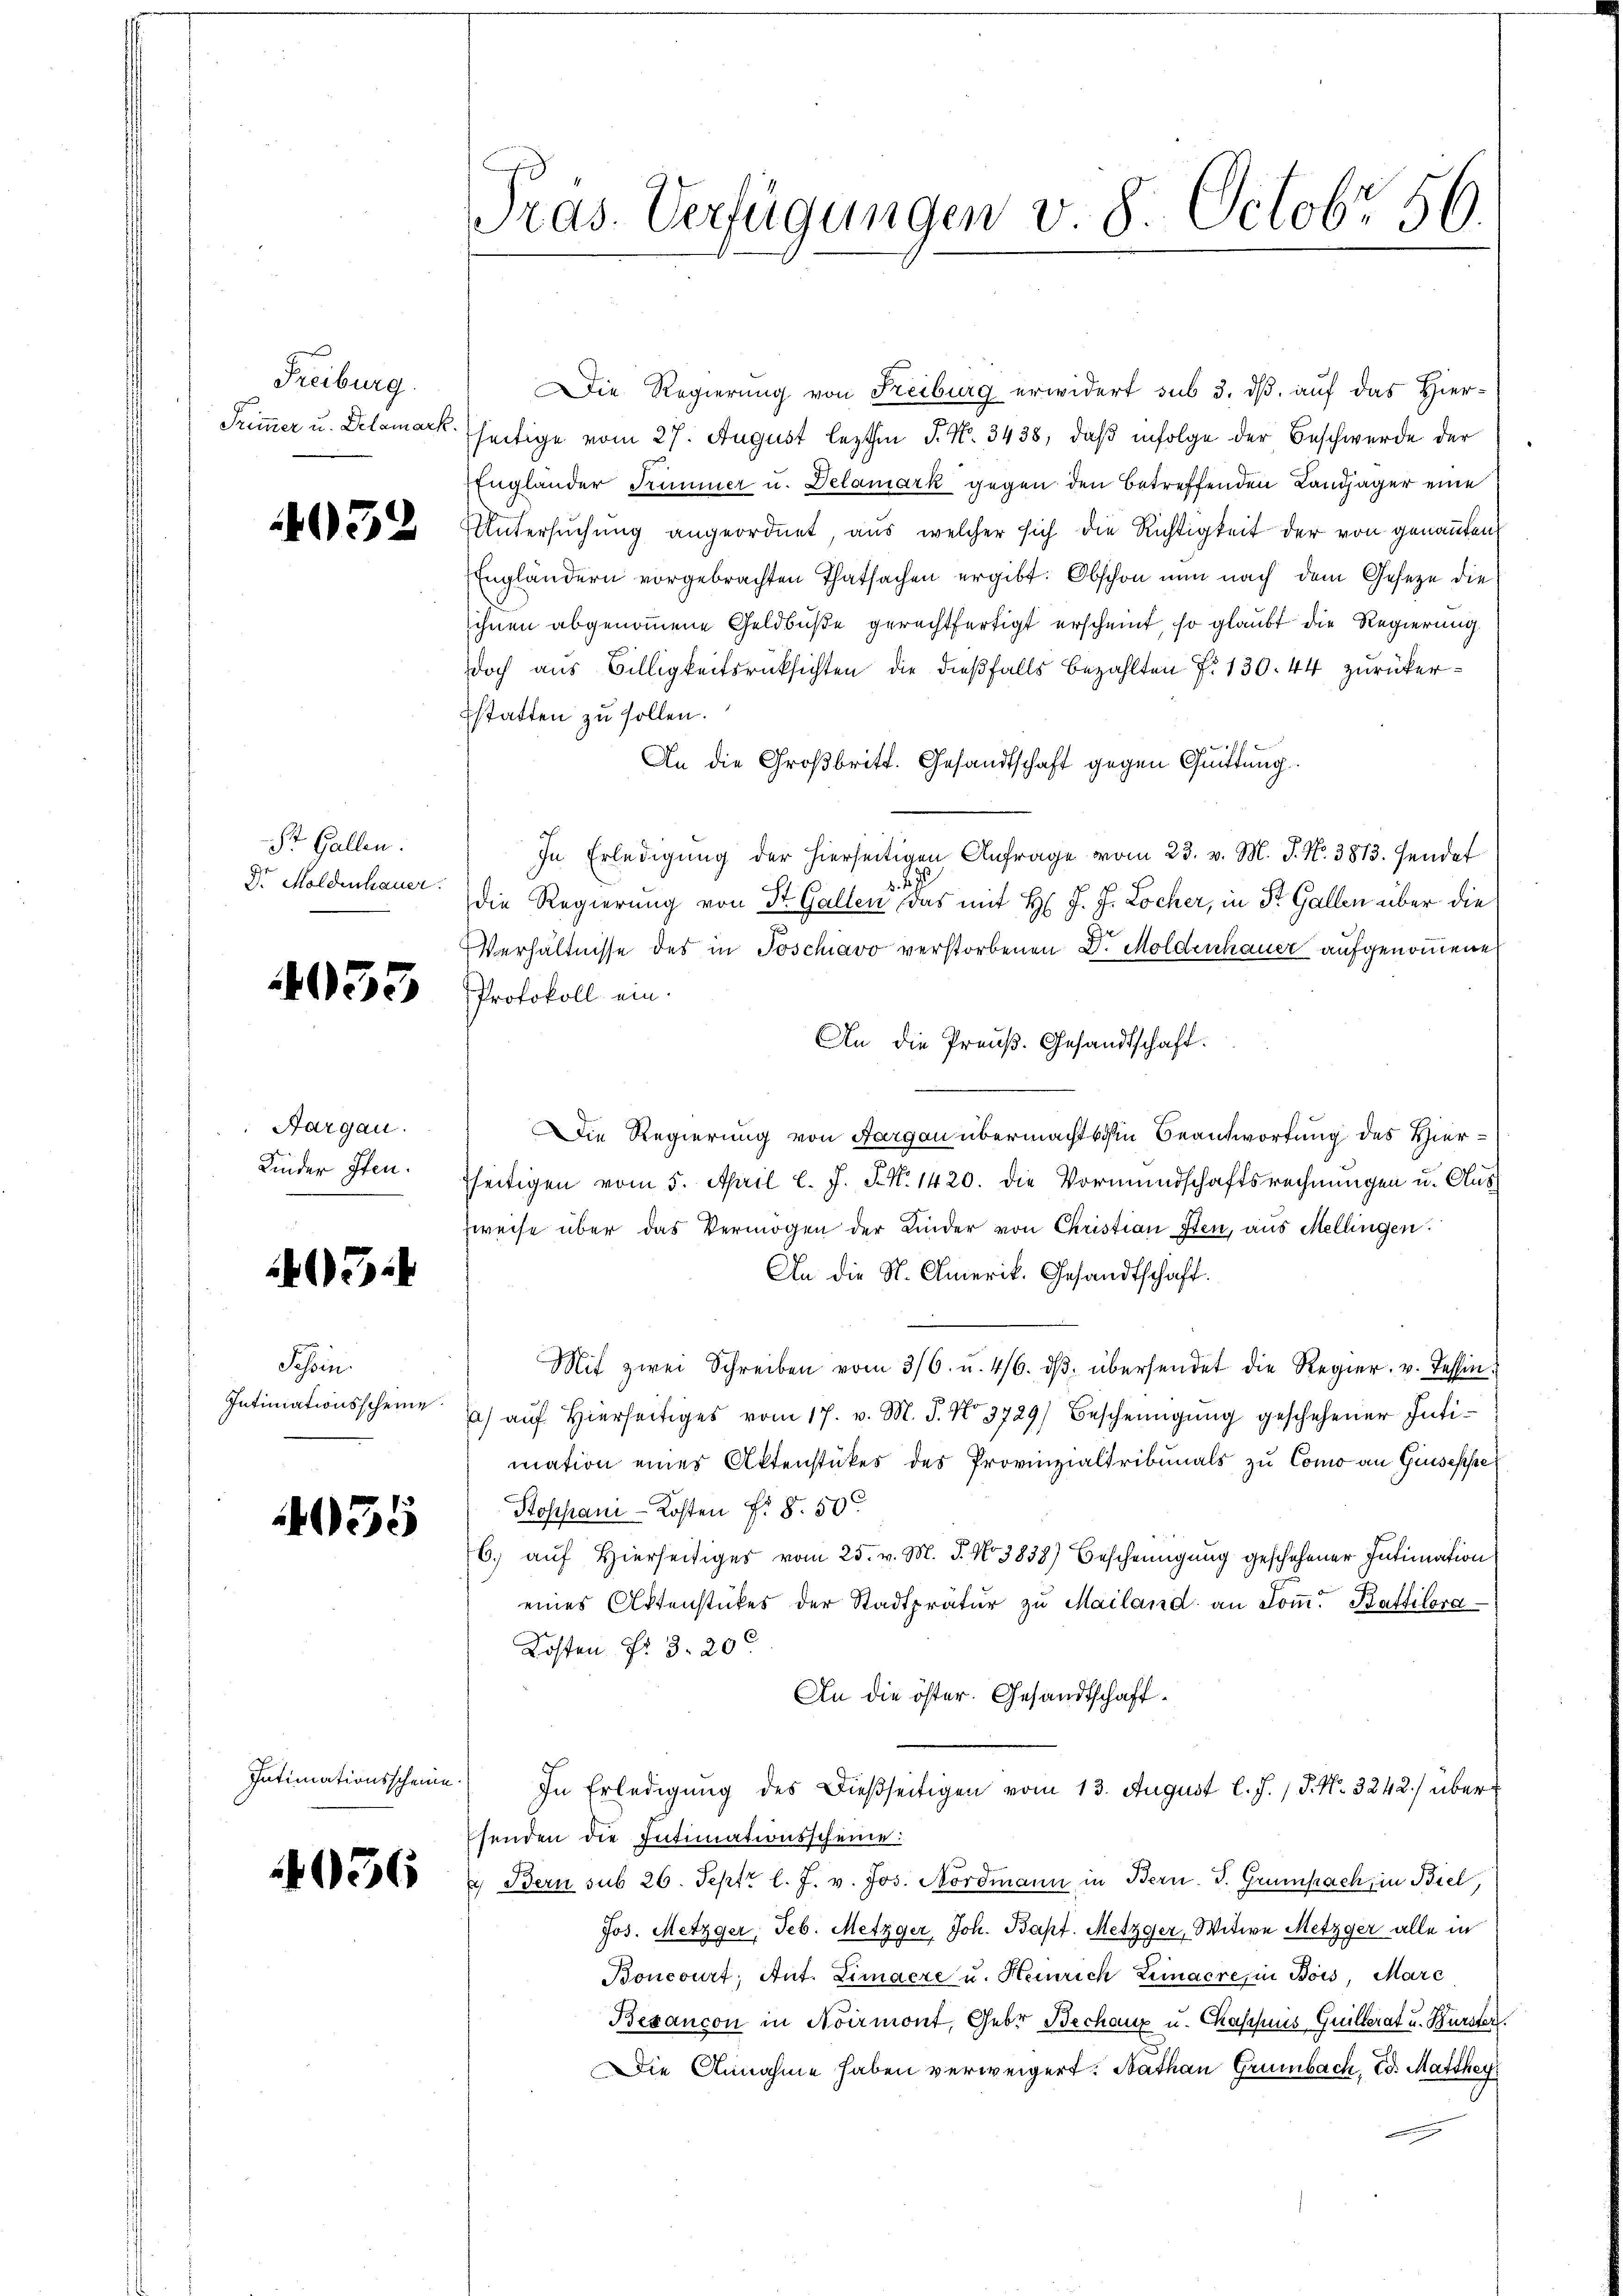
Freiburg
Trimmer u. Delamark

4032

St. Gallen.
Dr Moldenhauer.

053

Aargau.
Kinder Iten.

7

Schein
Intimationsscheine

035

Intimationsscheine.

4036

Pras. Verfügungen v. 8. Octobr. 56.

Die Regierung von Freiburg erwidert sub 3. ds. auf das Hier-
seitige vom 27. August lezten J. N. 3438, daß infolge der Beschwerde der
Englander Trimmer u. Delamark gegen den betreffenden Landjäger eine
Untersuchung angeordnet, aus welcher sich die Richtigkeit der von genannten
Engländern vorgebrachten Thatsachen ergibt. Obschon nun nach dem Gesetze die
sihnen abgenommene Geldbuße gerechtfertigt erscheint, so glaubt die Regierung
doch aus Billigkeitsrücksichten die dießfalls bezahlten f. 130. 44 zurückerstatten zu sollen.
An die Großbritt. Gesandtschaft gegen Quittung
In Erledigung der hierseitigen Anfrage vom 23. v. M. J. No. 3813. Fendet
d
die Regierung von Dr. Gallen das mit H. J. J. Locher, in St. Gallen über die
Verhältnisse des in Poschiavo verstorbenen D. Moldenhauer aufgenommene
Protokoll ein.
An die Preuß. Gesandtschaft.
Die Regierung von Aargau übermacht sichen Beantwortung des Hierseitigen vom 5. April l. J. J. N. 1420. die Vormundschaftsrechnungen u. Auf
weise über das Vermögen der Linder von Christian Iten, aus Mellingen.
An die St. Amerik. Gesandtschaft.
Mit zwei Schreiben vom 3/6. u. 416. dβ übersendet die Regier- u. Tessin.
a) auf Hierseitiges vom 17. v. M. J. No 3729) Bescheinigung geschehener Intimation eines Aktenstückes des Provinzialtribunals zu Como an Giuseppe
Stoppan-Kosten §. 8. 50
6. auf Hierseitiges vom 25. v. M. J. No. 3838) Bescheinigung geschehener Intimation
eines Aktenstückes der Stadtprätŭr zŭ Mailand an Som. Kattilora
Kosten No 3. 200
An die öster. Gesandtschaft.
In Erledigung des dießseitigen vom 13. August l. J. P. Nr. 3242) über
senden die Intimationsscheine:
 Bern sub 26. Sept. l. J. v. Jos. Nordmann in Bern. J. Grumpach, in Biel,
Jos. Metzger, Seb. Metzger, Joh. Bapt. Metzger, Witwe Metzger alle in
Boncourt, Ant. Limaere u. Heinrich Limaere, in Bois, Mare
Besancon in Noirmont, Gebr. Bechanz u. Chassus, Guillerat u. Bürster.
Die Annahme haben verweigert: Bathan Grünbach, Ed. Matthey